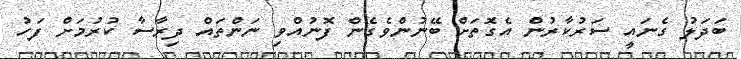
ބަދަލު ގެނައީ ސަރުކާރުން އެގޮތަށް ބޭނުންވެގެން ފޮނުއްވި ނަންތައް ދިރާސާ ކުރުމަށް ފަހު